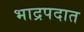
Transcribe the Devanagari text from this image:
भाद्रपदात